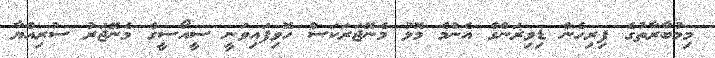
މިމުބާރާތުގެ ފިރިހެން ޑިވިޜަންގެ އެންމެ މޮޅު މެނޭޖަރަކަސް ހޮވިފައިވަނީ ސީއޯސީގެ މެނޭޖަރު ސުރިއްޔާ